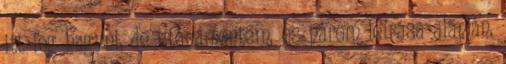
itt fog hagyni, de utánamentem, és párom leírása alapján,